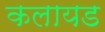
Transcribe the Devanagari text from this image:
कलायड